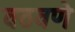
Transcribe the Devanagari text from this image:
वठवणे